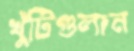
খুঁটিগুলান